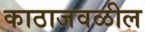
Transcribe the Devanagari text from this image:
काठाजवळील